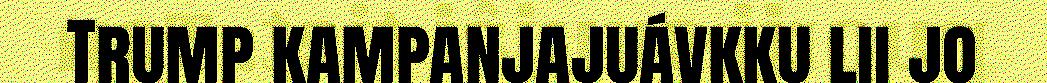
Trump kampanjajuávkku lii jo